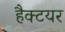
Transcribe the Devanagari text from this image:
हैक्टयर